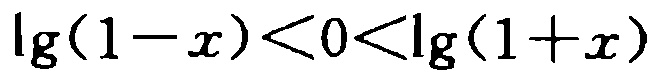
\(\lg(1 - x)<0<\lg(1 + x)\)